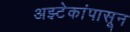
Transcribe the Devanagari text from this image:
अझ्टेकांपासून